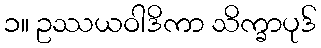
၁။ ဥဿယဝါဒိကာ သိက္ခာပုဒ်